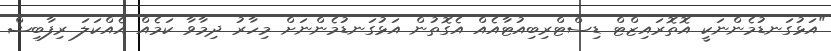
"އަޅުގަނޑުމެންނަކީ އޮތޮރައިޒްޓް ޑިސްޓްރިބިއުޓާއެއް އެގޮތުން އަޅުގަނޑުމެންނަށް މިހާރު ދިމާވާ ކަމެއް އެއްކަލަ ރިފާބިޝް